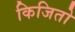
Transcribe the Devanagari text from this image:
किजितो